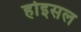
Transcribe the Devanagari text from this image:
होइसल